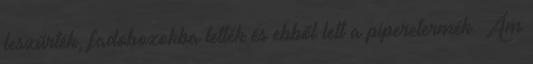
leszűrték, fadobozokba tették és ebből lett a piperetermék. Ám